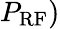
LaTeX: P_{\mathrm{RF}})